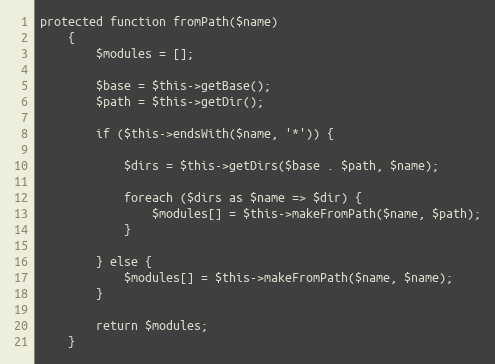
Language: PHP
protected function fromPath($name)
    {
        $modules = [];

        $base = $this->getBase();
        $path = $this->getDir();

        if ($this->endsWith($name, '*')) {

            $dirs = $this->getDirs($base . $path, $name);

            foreach ($dirs as $name => $dir) {
                $modules[] = $this->makeFromPath($name, $path);
            }

        } else {
            $modules[] = $this->makeFromPath($name, $name);
        }

        return $modules;
    }